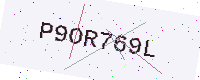
Text: P9OR769L